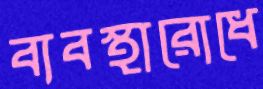
ব্যবস্থারোধে